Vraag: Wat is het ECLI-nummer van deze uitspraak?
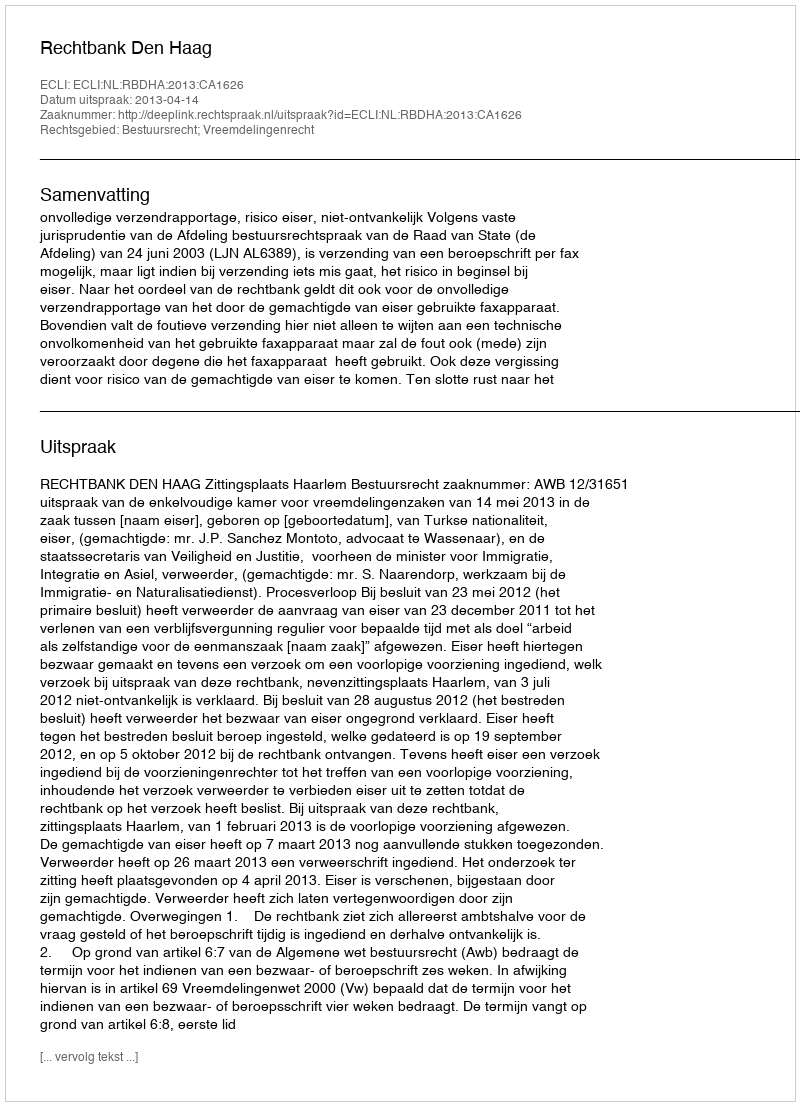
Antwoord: ECLI:NL:RBDHA:2013:CA1626